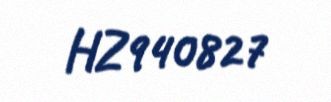
HZ940827